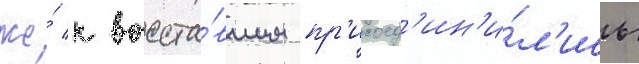
же́ к восста́вшим пр'исоед'ин'и́л'ись